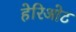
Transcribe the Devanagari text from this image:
हेरिओट